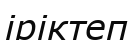
іріктеп